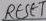
Text: RESET